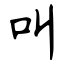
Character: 叫